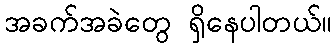
အခက်အခဲတွေ ရှိနေပါတယ်။